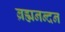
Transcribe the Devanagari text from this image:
ब्रह्मनन्दन